Leaving Certificate Examination, 1904
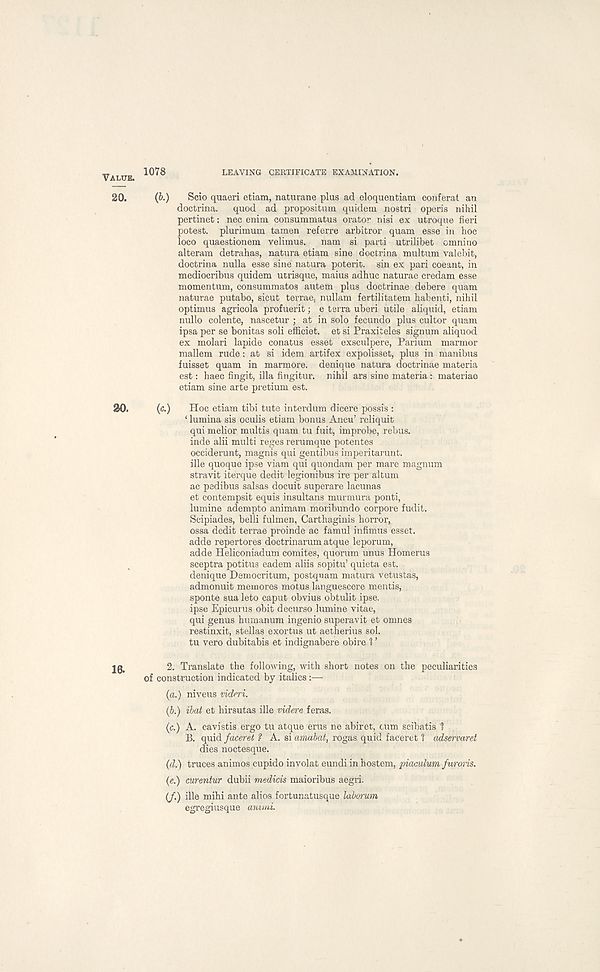
1078
LEAVING CERTIFICATE EXAMINATION.
VALUE.
20.
(&•)
Scio quaeri etiam, naturane plus ad eloquentiam conferat an
doctrina.
quod ad propositum quideni nostri operis nihil
pertinet: nec enim consummatus orator nisi ex utroque fieri
potest, plurimum tamen referre arbitror quam esse in hoc
loco quaestionem velimus.
nam si parti utrilibet cmnino
alteram detrahas, natura etiam sine doctrina multum valebit,
doctrina nulla esse sine natura poterit. sin ex pari coeant, in
mediocribus quidem utrisque, maius adhuc naturae credam esse
momentum, consummatos autem plus doctrinae debere quam
naturae putabo, sicut terrae, nullam fertilitatem habenti, nihil
optimus agricola profuerit; e terra uberi utile aliquid, etiam
nullo colente, nascetur ; at in solo fecundo plus cultor quam
ipsa per se bonitas soli efficiet. et si Praxiteles signum aliquod
ex molari lapide conatus esset exsculpere, Parium marmor
mallem rude: at si idem artifex expolisset, plus in manibus
fuisset quam in marmore. denique natura doctrinae materia
est: haec fingit, ilia fingitur. nihil ars sine materia: materiao
etiam sine arte pretium est.
20.
(c.)
Hoc etiam tibi tute interdum dicere possis :
‘ lumina sis oculis etiam bonus Ancu’ reliquit
qui melior multis quam tu fuit, improbe, rebus,
inde alii multi reges rerumque potentes
occiderunt, magnis qui gentibus imperitarunt.
ille quoque ipse viam qui quondam per mare magnum
stravit iterque dedit legionibus ire per altum
ac psdibus salsas docuit superare lacunas
et contempsit equis insultans murmura ponti,
lumine adempto animam moribundo corpore fudit.
Scipiades, belli fulmen, Carthaginis horror,
ossa dedit terrae proinde ac famul infimus esset.
adde repertores doctrinarum atque leporum,
adde Heliconiadum comites, quorum unus Homerus
sceptra potitus eadem aliis sopitu’ quieta est.
denique Democritum, postquam matura vetustas,
admonuit memores motus languescere mentis,
sponte sua leto caput obvius obtulit ipse,
ipse Epicurus obit decurso lumine vitae,
qui genus humanum ingenio superavit et omnes
restinxit, stellas exortus ut aetherius sol.
tu vero dubitabis et indignabere obi re 1 ’
20.
2. Translate the following, with short notes on the peculiarities
of construction indicated by italics :—
(a.) niveus vidni.
(b.) ibat et hirsutas ille videre feras.
(c.) A. cavistis ergo tu atque erus ne abiret, cum scibatis 1
B. quid faceret ? A. si amabat, rogas quid faceret 1 adservaret
dies noctesque.
(d.) truces animos cupido involat eundi in hostem, piaculum furoris.
(e.) curentur dubii medicis maioribus aegri.
(/.) ille mihi ante alios fortunatusque laborum
egregiusque animi.